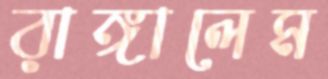
রাঙ্গালেম